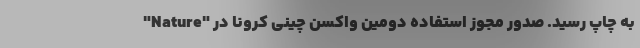
"Nature" به چاپ رسید. صدور مجوز استفاده دومین واکسن چینی کرونا در